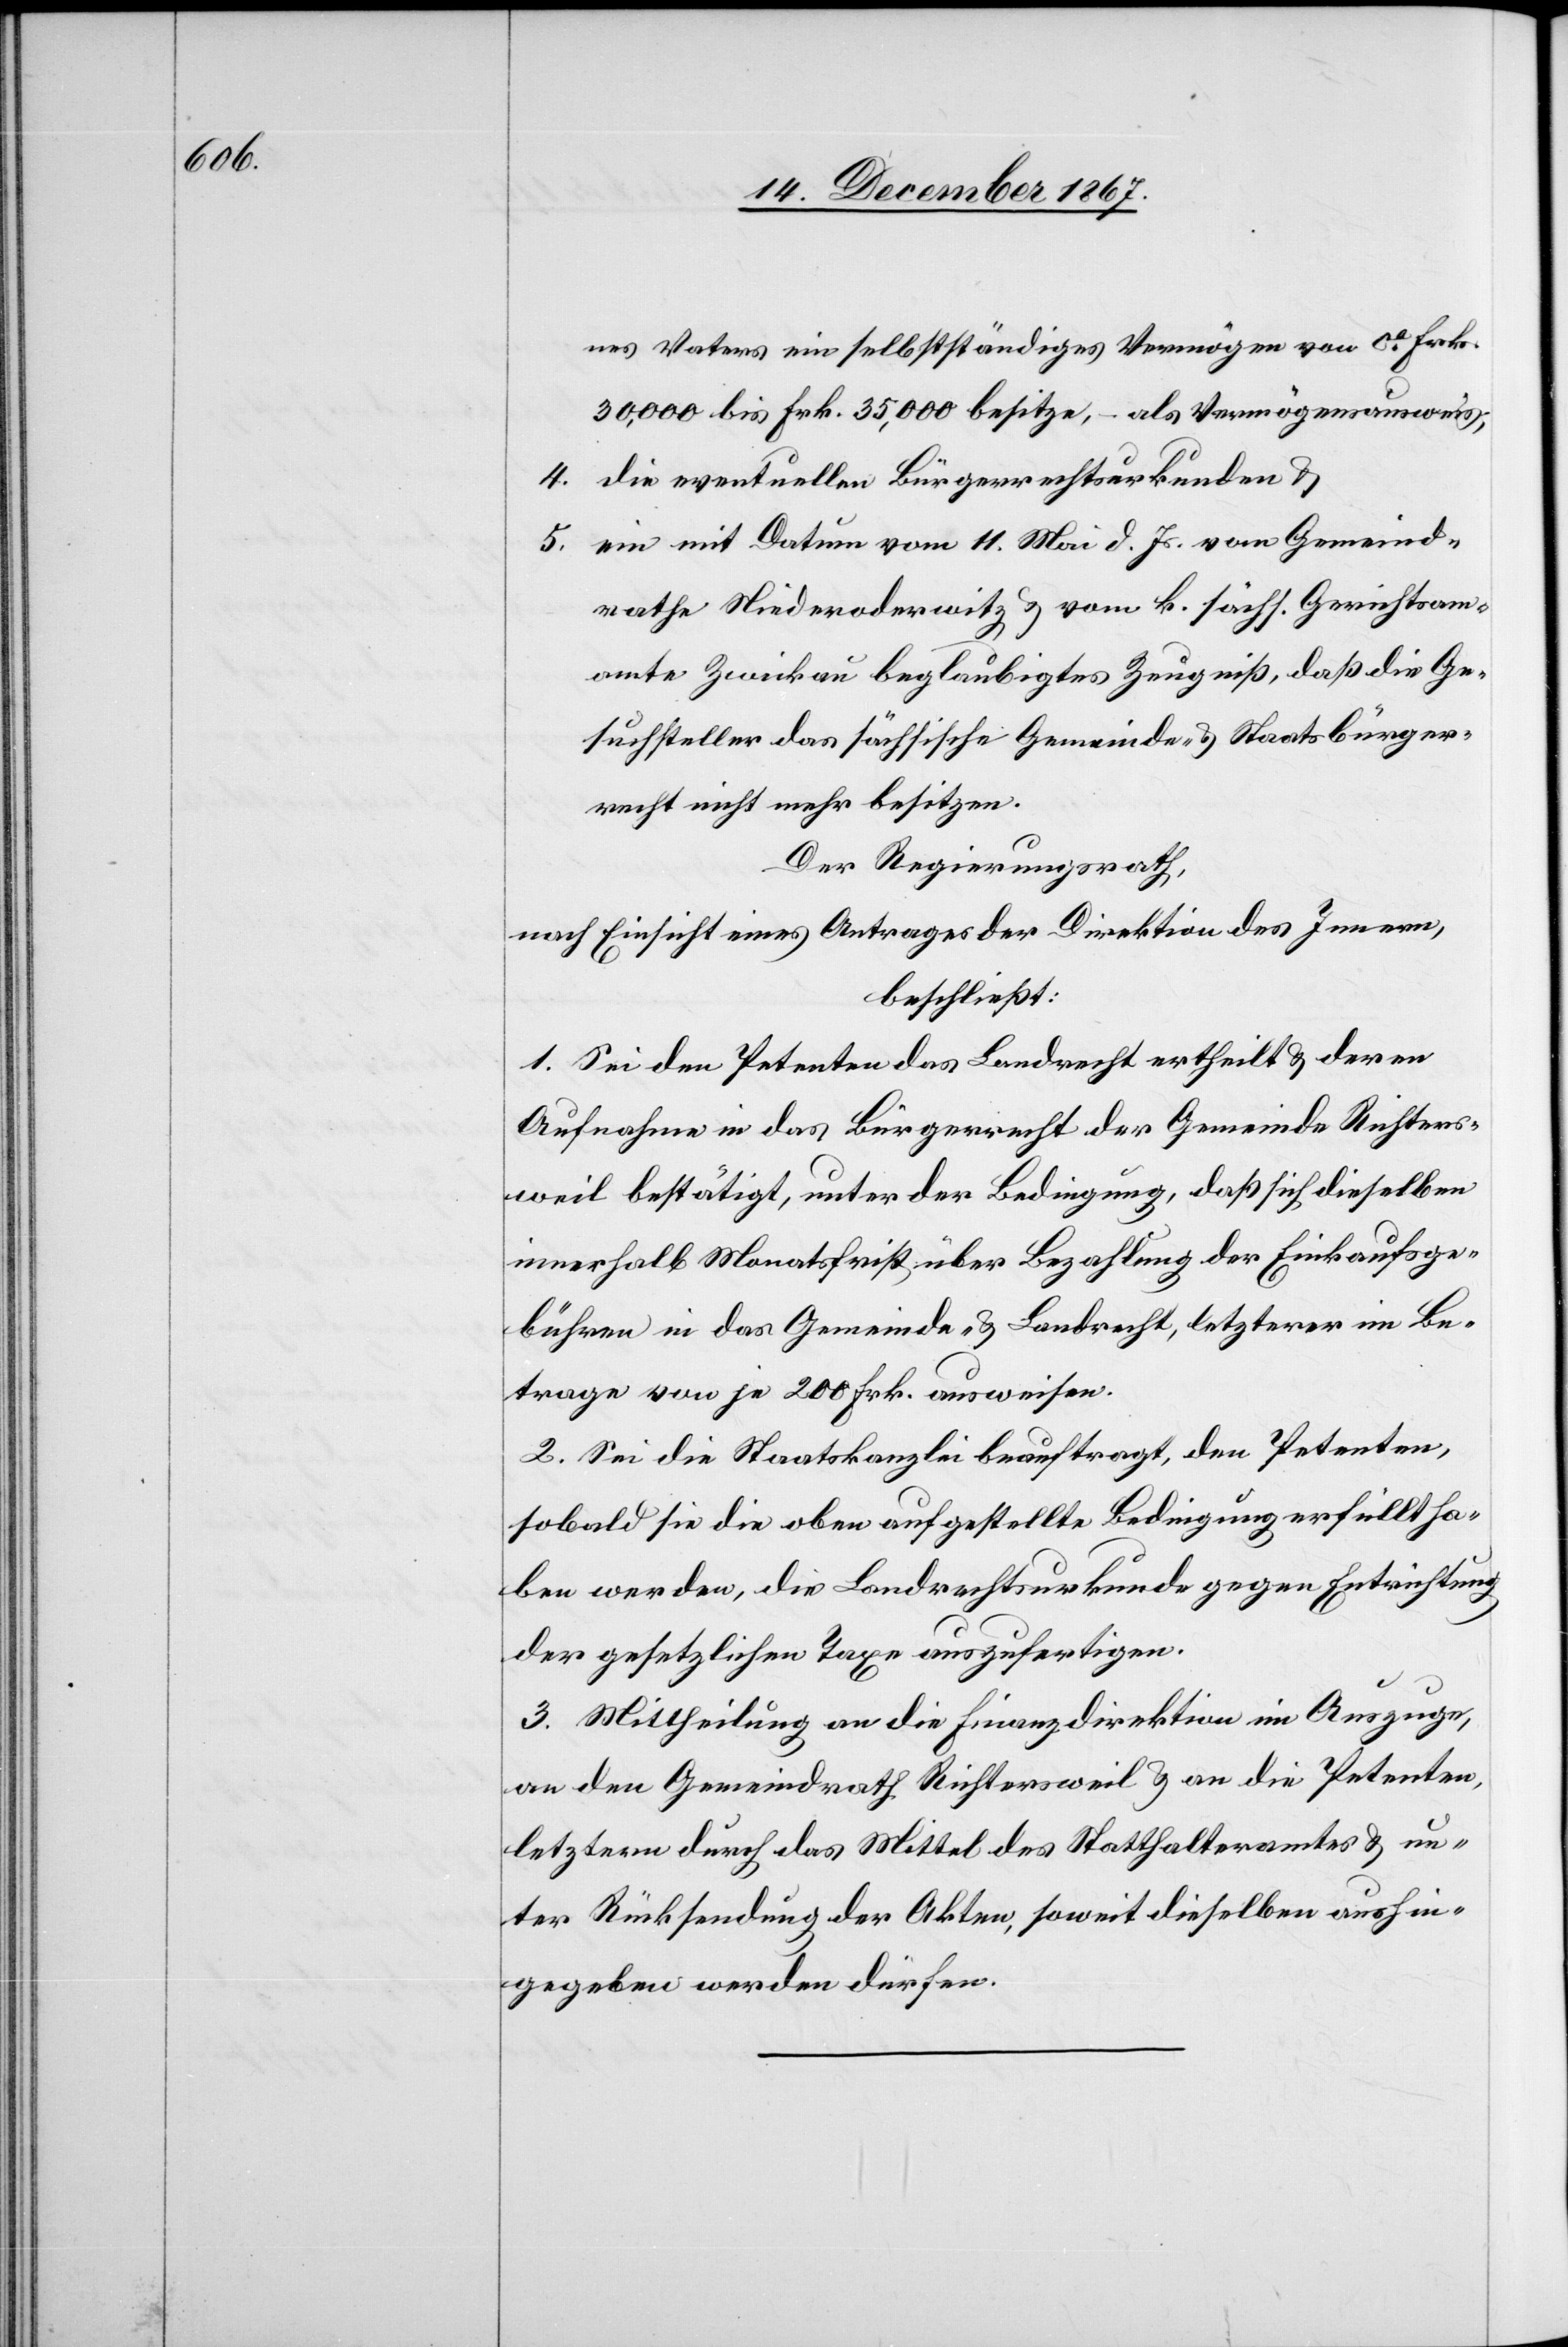
nes Vaters ein selbstständiges Vermögen von ca Frk.
30 000 bis Frk. 35 000 besitze, – als Vermögensausweis;
4. die eventuelle Bürgerrechtsurkunden u.
5. ein mit Datum vom 11. Mai d. Js. vom Gemeind¬
rathe Niederoderwitz u. vom k. sächs. Gerichtsa¬
mte Zwickau beglaubigtes Zeugniß, daß die Ge¬
suchsteller das sächsische Gemeinde- u. Staatsbürger¬
recht nicht mehr besitzen.
Der Regierungsrath,
nach Einsicht eines Antrages der Direktion des Innern,
beschließt:
1. Sei den Petenten das Landrecht ertheilt u. deren
Aufnahme in das Bürgerrecht der Gemeinde Richters¬
weil bestätigt, unter der Bedingung, daß sich dieselben
innerhalb Monatsfrist über Bezahlung der Einkaufsge¬
bühren in das Gemeinde- u. Landrecht, letzterer im Be¬
trage von je 200 Frk. ausweisen.
2. Sei die Staatskanzlei beauftragt, den Petenten,
sobald sie die oben aufgestellte Bedingung erfüllt ha¬
ben werden, die Landrechtsurkunde gegen Entrichtung
der gesetzlichen Taxe auszufertigen.
3. Mittheilung an die Finanzdirektion im Auszuge,
an den Gemeindrath Richtersweil u. an die Petenten,
letztern durch das Mittel des Statthalteramtes u. un¬
ter Rücksendung der Akten, soweit dieselben aushin¬
gegeben werden dürfen.